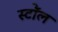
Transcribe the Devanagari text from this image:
स्टॉेल